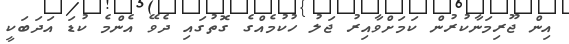
އިން ޖޫރިމަނާކުރުން ކަމަށްވާއިރު ޖަލު ހުކުމެއްގެ ގޮތުގައި ދެވޭ އެންމެ ކުޑަ އަދަބަކީ